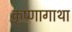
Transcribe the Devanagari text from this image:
कृष्णागाथा